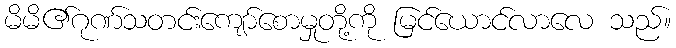
မိမိ၏ဂုဏ်သတင်းကျော်စောမှုတို့ကို မြင်ယောင်လာလေ သည်။